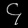
Digit: ၄